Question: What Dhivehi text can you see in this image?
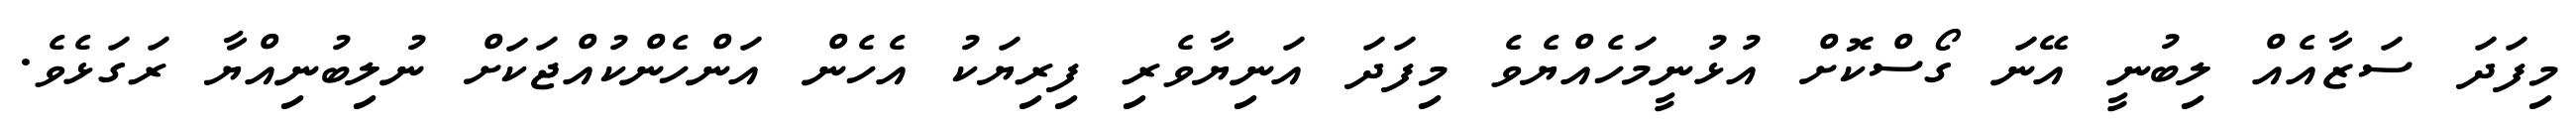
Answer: މިފަދަ ސަޒާއެއް ލިބުނީ އޭނަ ގޯސްކޮށް އުޅުނީމަހެއްޔެވެ މިފަދަ އަނިޔާވެރި ފިރިޔަކު އެހެން އަންހެންކުއްޖަކަށް ނުލިބުނިއްޔާ ރަގަޅެވެ.